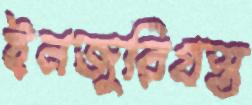
ইনজুরিগ্রস্ত